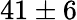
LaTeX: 41\pm 6